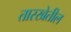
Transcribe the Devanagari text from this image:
तारखेतील